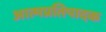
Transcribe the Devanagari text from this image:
आत्मप्रतिपादक